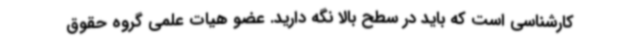
کارشناسی است که باید در سطح بالا نگه دارید. عضو هیات علمی گروه حقوق